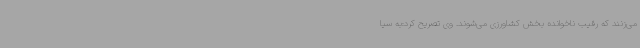
می‌زنند که رقیب ناخوانده بخش کشاورزی می‌شوند. وی تصریح کرد:به سیا